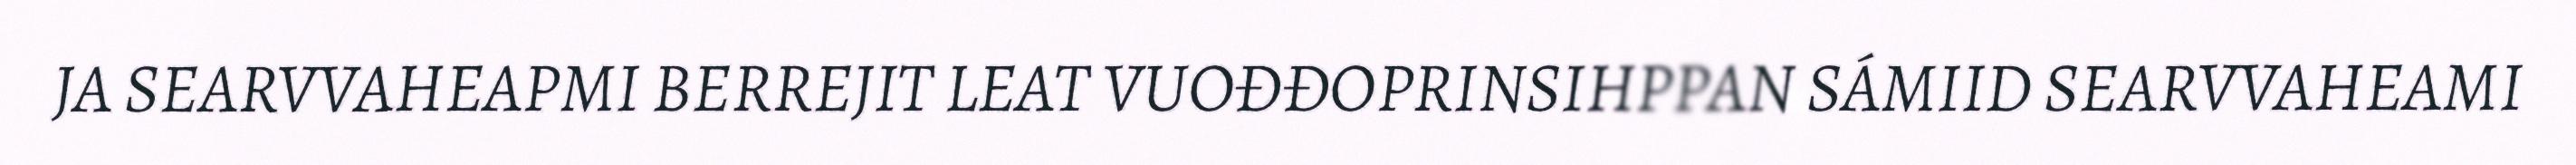
JA SEARVVAHEAPMI BERREJIT LEAT VUOĐĐOPRINSIHPPAN SÁMIID SEARVVAHEAMI